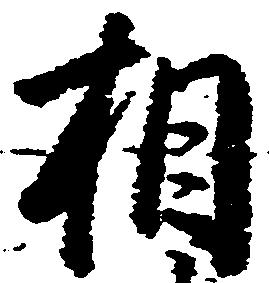
相